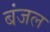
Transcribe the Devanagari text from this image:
बंजल